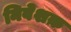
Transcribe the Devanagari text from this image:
निवेशक़